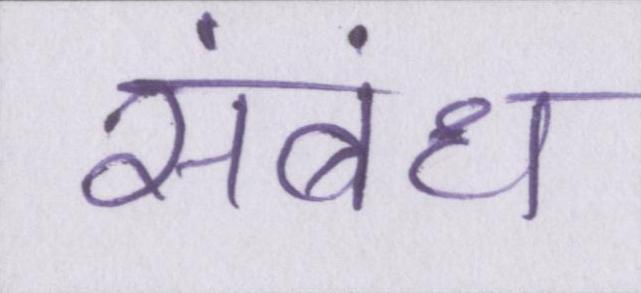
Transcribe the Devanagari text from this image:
संबंध